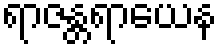
ရာဇန္တရာယေန